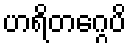
ဟရိတဂ္ဂေပိ